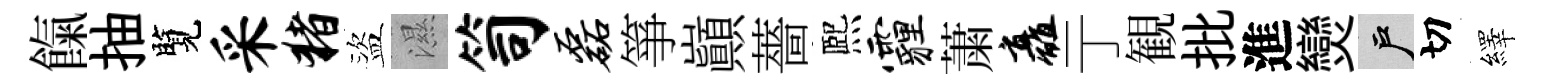
餼抽覽采猪盜濕笥磊箏巔薔熈霾䔥矗亍観批進𤓖户切繹